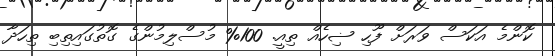
ކޮންމެ އަކަސް ވަރަށް ފޫހި ޟިހެއް ތިއީ. 100% މުސްލިމުންގެ ގޮތުގައިތިބި ތިހަދާ